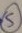
Text: S